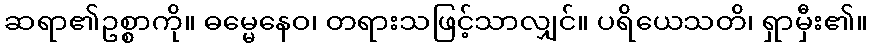
ဆရာ၏ဥစ္စာကို။ ဓမ္မေနေဝ၊ တရားသဖြင့်သာလျှင်။ ပရိယေသတိ၊ ရှာမှီး၏။